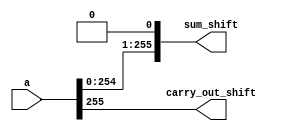
module left_shift ( 
		input signed [255:0] a,
		output reg signed [255:0] sum_shift,
                output reg carry_out_shift
                );

					 
always @ * 
begin
  carry_out_shift = a[255];
  sum_shift = a << 1;
end
endmodule